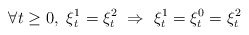
\begin{align*}\forall t\ge 0,\ \xi^1_t=\xi^2_t \ \Rightarrow \ \xi^1_t=\xi^0_t= \xi^2_t\end{align*}